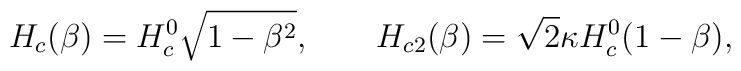
H_c(\beta)= H_c^0 \sqrt{1- \beta^2}, \qquad H_{c2}(\beta) = \sqrt{2} \kappa H_c^0 ( 1- \beta),